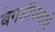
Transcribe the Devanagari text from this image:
बेगडीपणाचे